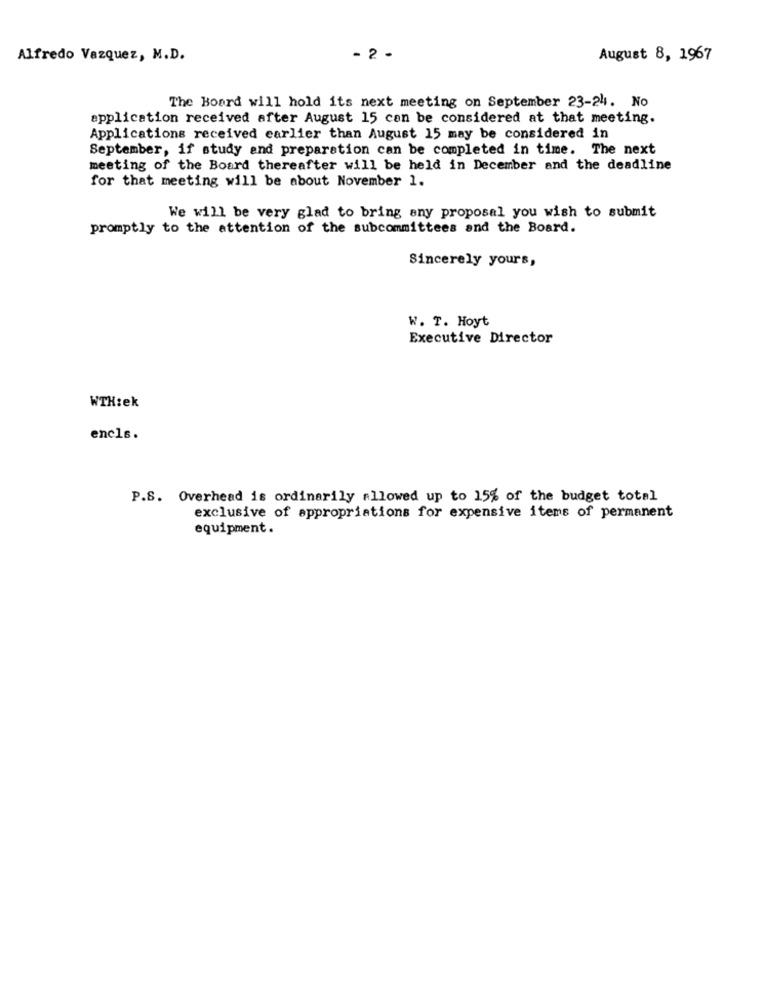
Alfredo Vazquez, M.D.
- 2 -
August 8, 1967
The Board will hold its next meeting on September 23-24. No
application received after August 15 can be considered at that meeting.
Applications received earlier than August 15 may be considered in
September, if study and preparation can be completed in time. The next
meeting of the Board thereafter will be held in December and the deadline
for that meeting will be about November 1.
We will be very glad to bring any proposal you wish to submit
promptly to the attention of the subcommittees and the Board.
Sincerely yours,
W. T. Hoyt
Executive Director
WTH:ek
encls.
P.S. Overhead is ordinarily allowed up to 15% of the budget total
exclusive of appropriations for expensive items of permanent
equipment.